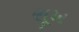
સૂખ